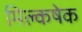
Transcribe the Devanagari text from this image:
मिल्कषेक